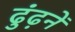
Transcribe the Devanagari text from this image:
ढुंढ़नें